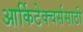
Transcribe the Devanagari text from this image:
आर्किटेक्चर्ससाठी